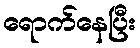
ရောက်နေပြီး